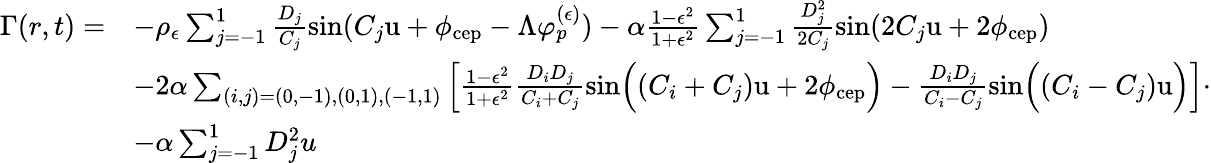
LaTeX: \begin{array}{rl}{\Gamma(r,t)=}&{-\rho_{\epsilon}\sum_{j=-1}^{1}\frac{D_{j}}{C_{j}}\sin(C_{j}\mathrm{u}+\phi_{\mathrm{cep}}-\Lambda\varphi_{p}^{(\epsilon)})-\alpha\frac{1-\epsilon^{2}}{1+\epsilon^{2}}\sum_{j=-1}^{1}\frac{D_{j}^{2}}{2C_{j}}\sin(2C_{j}\mathrm{u}+2\phi_{\mathrm{cep}})}\\ &{-2\alpha\sum_{(i,j)=(0,-1),(0,1),(-1,1)}\left[\frac{1-\epsilon^{2}}{1+\epsilon^{2}}\frac{D_{i}D_{j}}{C_{i}+C_{j}}\sin\Bigl((C_{i}+C_{j})\mathrm{u}+2\phi_{\mathrm{cep}}\Bigr)-\frac{D_{i}D_{j}}{C_{i}-C_{j}}\sin\Bigl((C_{i}-C_{j})\mathrm{u}\Bigr)\right]}\\ &{-\alpha\sum_{j=-1}^{1}D_{j}^{2}u}\end{array}.